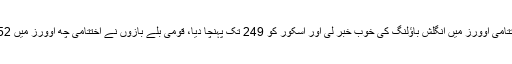
دونوں نے اختتامی اوورز میں انگلش باؤلنگ کی خوب خبر لی اور اسکور کو 249 تک پہنچا دیا، قومی بلے بازوں نے اختتامی چھ اوورز میں 52 رنز بٹورے۔